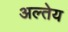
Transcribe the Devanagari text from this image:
अल्तेय